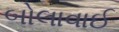
બોલાવાઈ